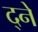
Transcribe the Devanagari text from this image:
द्ने